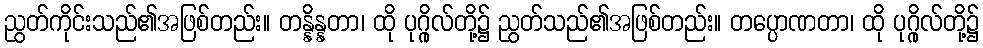
ညွတ်ကိုင်းသည်၏အဖြစ်တည်း။ တန္နိန္နတာ၊ ထို ပုဂ္ဂိုလ်တို့၌ ညွတ်သည်၏အဖြစ်တည်း။ တပ္ပောဏတာ၊ ထို ပုဂ္ဂိုလ်တို့၌